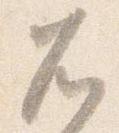
兀